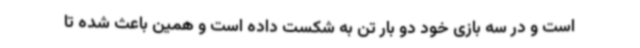
است و در سه بازی خود دو بار تن به شکست داده است و همین باعث شده تا